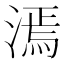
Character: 漹